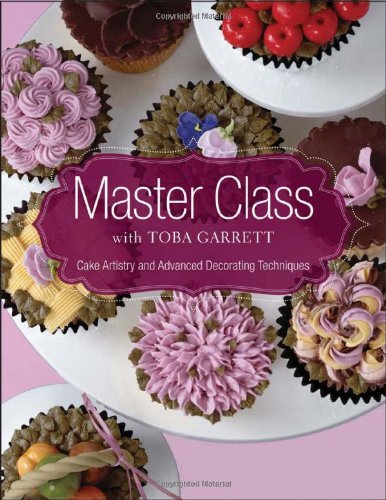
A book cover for Master Class with Toba Garrett; Toba M. Garrett; Cookbooks, Food & Wine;